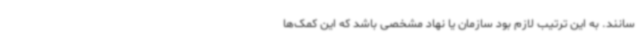
سانند. به این ترتیب لازم بود سازمان یا نهاد مشخصی باشد که این کمک‌ها